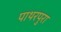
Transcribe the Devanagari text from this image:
पाथरपुरा